Tezpur Lunatic Asylum reports 1895-1904 - 1895-1904
Year: 1895
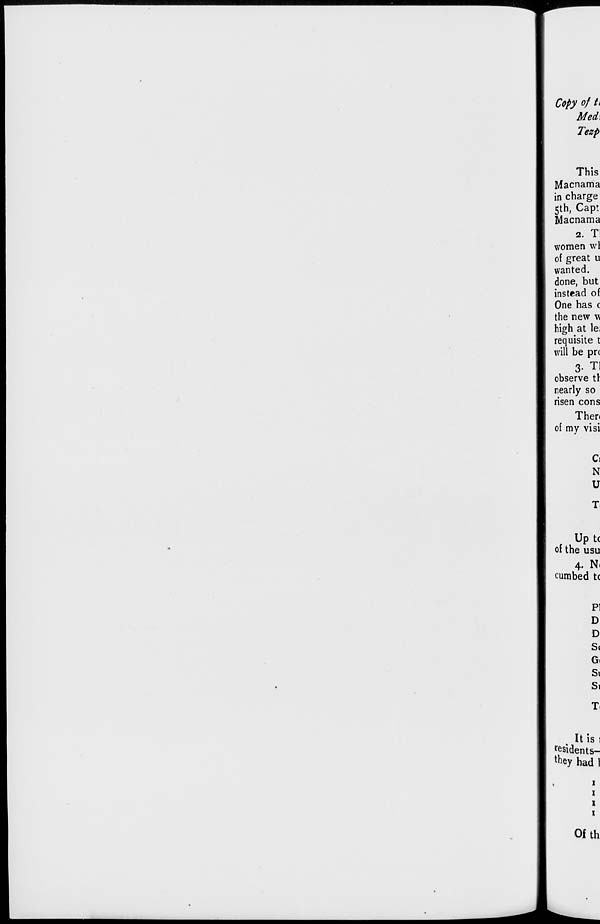
Copy of it
Med,
Tezp
This
Macnama
in charge
5th, Capt
Macnama
2. T
women wl
of great u
wanted,
done, but
instead of
One has c
the new vi
high at lei
requisite t
will be pre
3-TI
observe tr
nearly so
risen cons
Then
of my visi
Ci
N
U
Up tc
of the usu
4. N.
cumbed tc
PI
D
D
S(
G.
Si
Si
It is i
resident s-
they had 1
Ofth